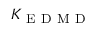
K _ { \mathrm { ~ E ~ D ~ M ~ D ~ } }